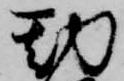
勘